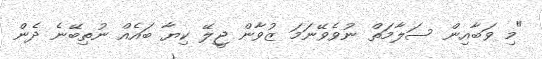
"މި ވަބާއިން ސަލާމަތް ނުވެވޭނަމަ ޒުވާން ޖީލޭ ކިޔާ ބައެއް ނުތިބޭނެ ދެން